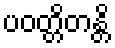
ပဝတ္တိတန္တိ